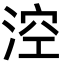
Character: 涳